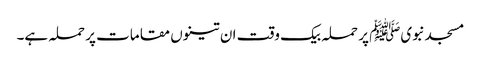
مسجدنبویﷺ پر حملہ بیک وقت ان تینوں مقامات پر حملہ ہے۔